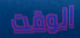
الوقت